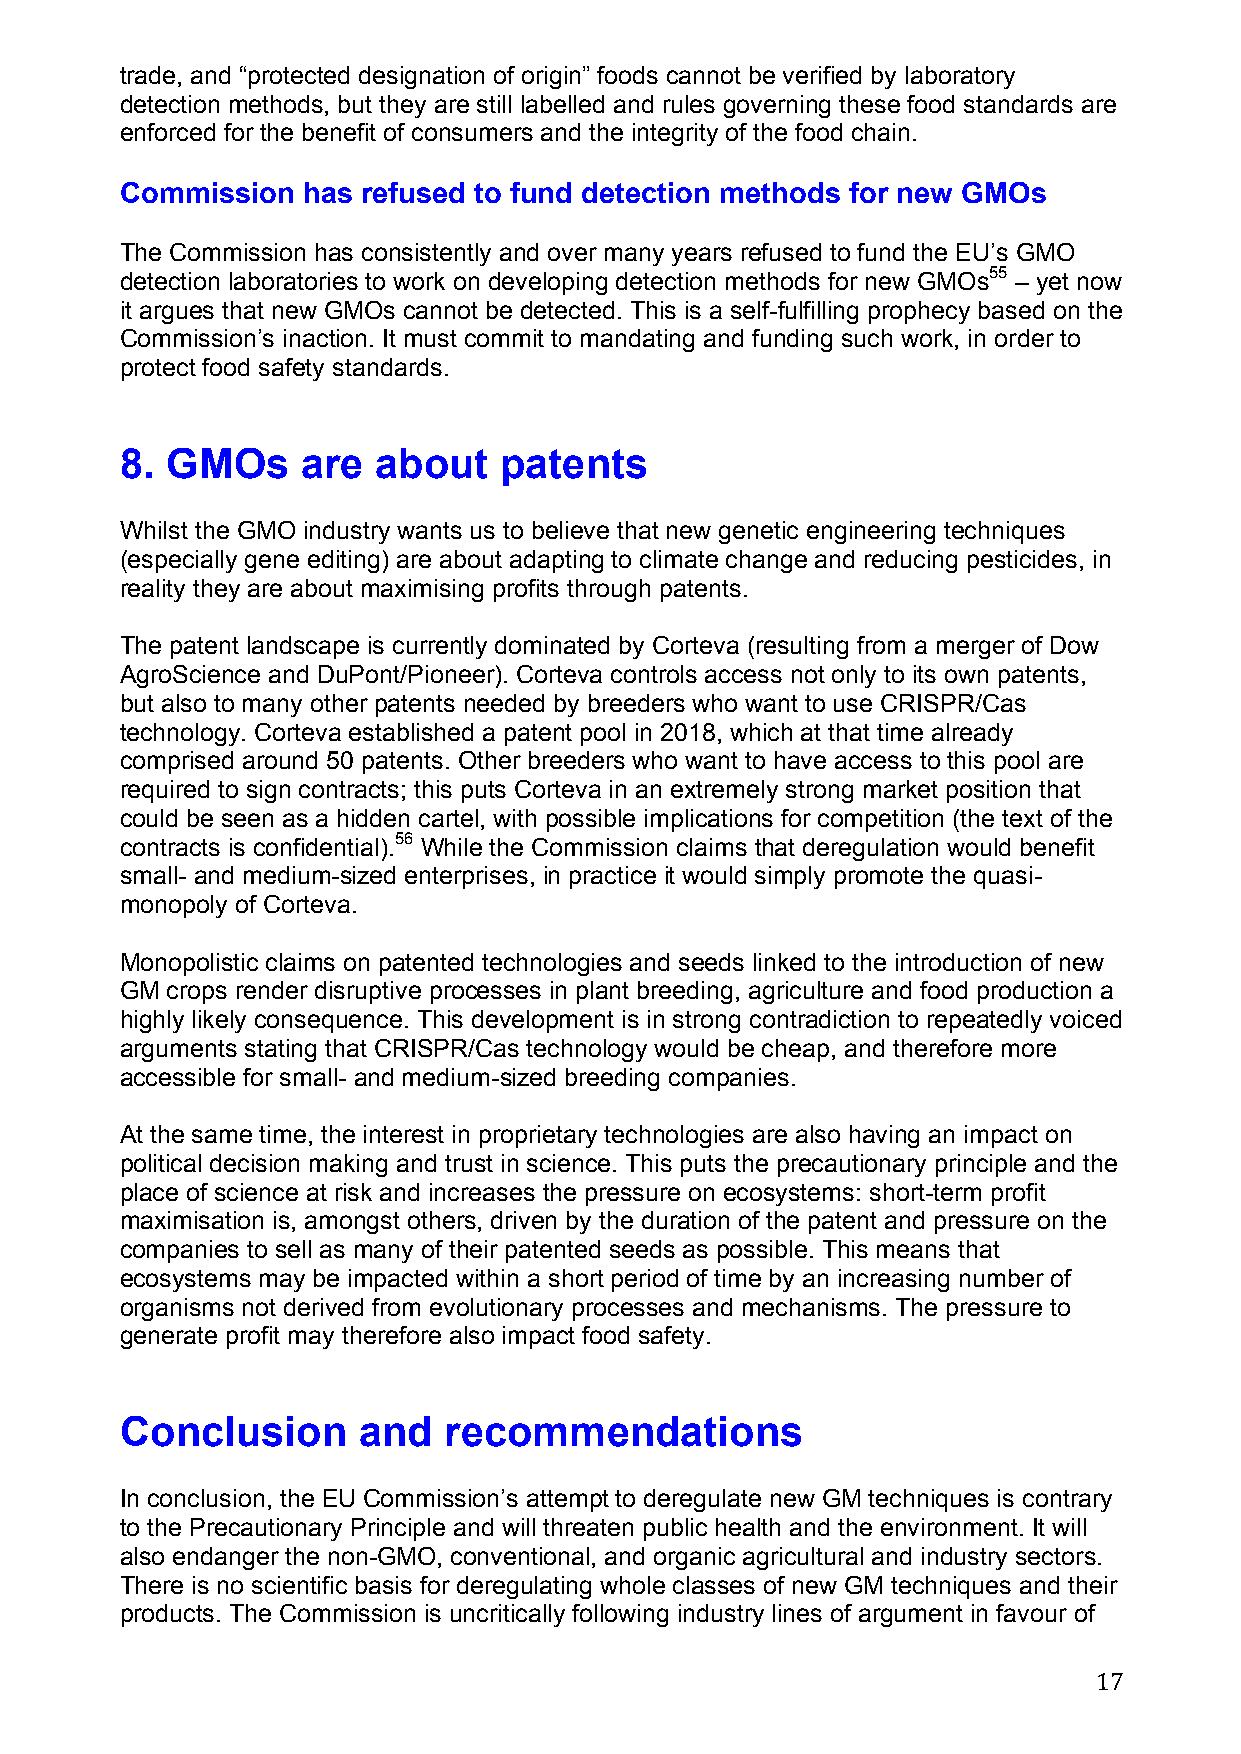
trade, and “protected designation of origin” foods cannot be verified by laboratory
 detection methods, but they are still labelled and rules governing these food standards are
 enforced for the benefit of consumers and the integrity of the food chain.
 Commission  has refused to fund detection methods for new GMOs
 The Commission has consistently and over many years refused to fund the EU’s GMO
 detection laboratories to work on developing detection methods for new GMOs55 – yet now
 it argues that new GMOs cannot be detected. This is a self-fulfilling prophecy based on the
 Commission’s inaction. It must commit to mandating and funding such work, in order to
 protect food safety standards.
 8. GMOs     are  about   patents
 Whilst the GMO industry wants us to believe that new genetic engineering techniques
 (especially gene editing) are about adapting to climate change and reducing pesticides, in
 reality they are about maximising profits through patents.
 The patent landscape is currently dominated by Corteva (resulting from a merger of Dow
 AgroScience and DuPont/Pioneer). Corteva controls access not only to its own patents,
 but also to many other patents needed by breeders who want to use CRISPR/Cas
 technology. Corteva established a patent pool in 2018, which at that time already
 comprised around 50 patents. Other breeders who want to have access to this pool are
 required to sign contracts; this puts Corteva in an extremely strong market position that
 could be seen as a hidden cartel, with possible implications for competition (the text of the
 contracts is confidential).56 While the Commission claims that deregulation would benefit
 small- and medium-sized enterprises, in practice it would simply promote the quasi-
 monopoly of Corteva.
 Monopolistic claims on patented technologies and seeds linked to the introduction of new
 GM crops render disruptive processes in plant breeding, agriculture and food production a
 highly likely consequence. This development is in strong contradiction to repeatedly voiced
 arguments stating that CRISPR/Cas technology would be cheap, and therefore more
 accessible for small- and medium-sized breeding companies.
 At the same time, the interest in proprietary technologies are also having an impact on
 political decision making and trust in science. This puts the precautionary principle and the
 place of science at risk and increases the pressure on ecosystems: short-term profit
 maximisation is, amongst others, driven by the duration of the patent and pressure on the
 companies to sell as many of their patented seeds as possible. This means that
 ecosystems may be impacted within a short period of time by an increasing number of
 organisms not derived from evolutionary processes and mechanisms. The pressure to
 generate profit may therefore also impact food safety.
 Conclusion      and  recommendations
 In conclusion, the EU Commission’s attempt to deregulate new GM techniques is contrary
 to the Precautionary Principle and will threaten public health and the environment. It will
 also endanger the non-GMO, conventional, and organic agricultural and industry sectors.
 There is no scientific basis for deregulating whole classes of new GM techniques and their
 products. The Commission is uncritically following industry lines of argument in favour of
 17